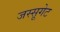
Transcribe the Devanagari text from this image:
जस्सूगेट